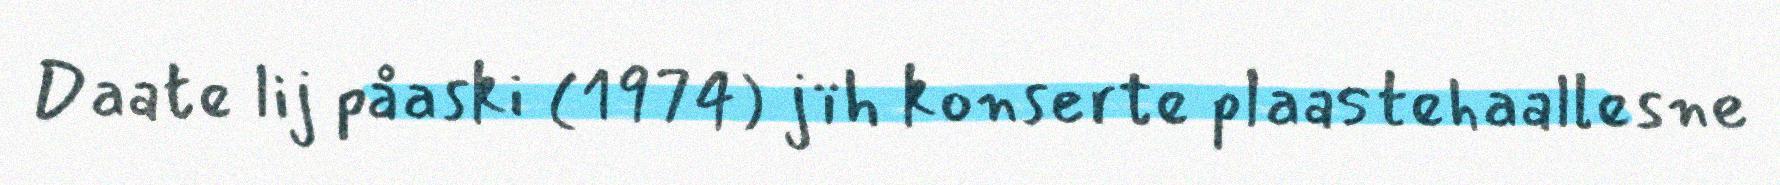
Daate lij påaski (1974) jïh konserte plaastehaallesne